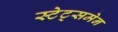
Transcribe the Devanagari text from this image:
स्टेट्समेन